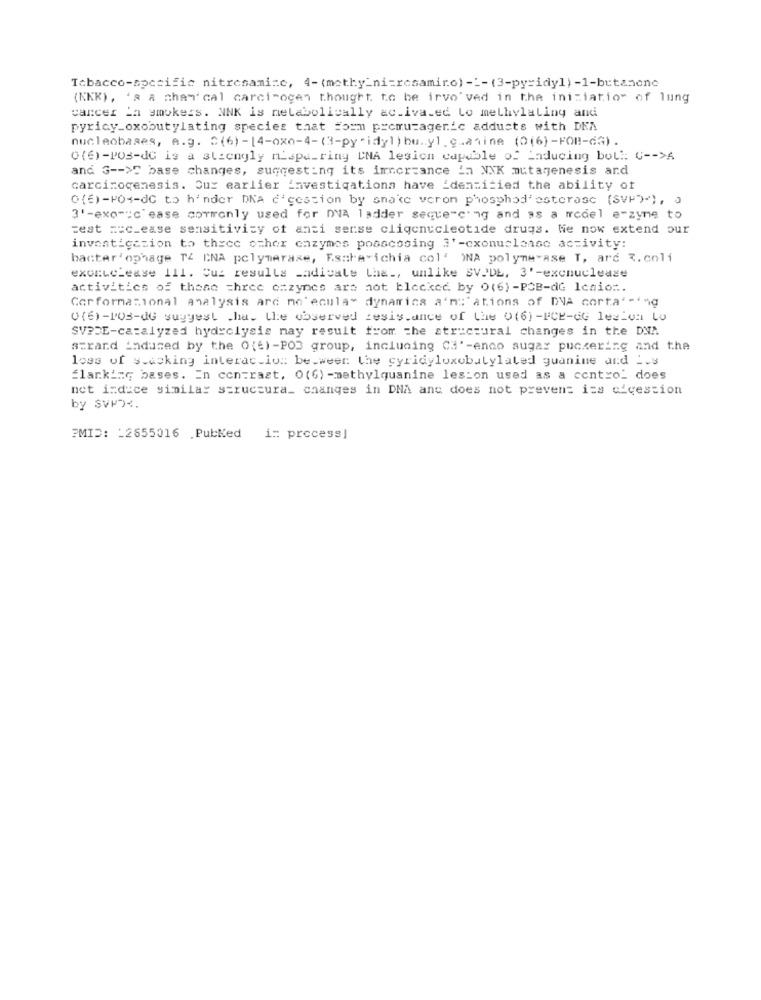
Tobacco-specific nitresami:c, 4-(methy_ni=resamiro) -_- (3-pyridy1) -1-butanono
(NEK), 's a chemical carcinogen thought. to be irvo ved in the initiation of lung
cancer La smokers. NNK is metabolically ac.iva.ed Lo methylaliny and
pyricy_oxobutylating species that form promutagenic adducts with DNA
nucleobases, A.g. C(6) -14-oxo-4-(3-py"idyl) bu .. yl.g.anine (0(6)-FOR-GG).
0(6)-PO3-dC is a strongly mispa_ring "NA lesion capable of Laducing bol :: C -- >A
and 3 -- >C base changes, suggesting its imncr=ance in NNK mutagenesis and
carcinogenesis. Cuz earlier investigations have 'denzitied the ability of
0(6)-Pos-dc to hinder DNA d'gestion by snake veron phosphodiesterase (SVP)), )
3'-exo"":c' ease commonly used for DVA ladder sequencing and as a model e-zyme to
=est == c_ease sensitivity of ansi sense cligenucleotide drugs. We now extend our
investigation to thece ocher enzymes posscssing 3' -cxonuclease activity:
bacter' ophage TZ DNA polymerase, Esare ichia col' WNA polymerase T, ard 3.coli
exonuclease Ill. Cuz results _adicale the ., unlike SVPDL, 3'-excnuclease
activities of those =hree ozzynes are not blocked by 0(6) -PCB-dG Icaio :.
Cor formational analysis arc mo'ecula- dynamica a'm:"ations of DVA corta' -44g
0(6)-Pos-dG sugest .ha. the observed zesis.ance of the 0(6)-PCE-GG les-o Lo
SV?DE-catalyzed hydrolysis may result from the structural changes in the DNA
strand indused by the 0(6) -PO3 group, including Ca' -enco augas puckering and the
loss of stacking interaction be-weer the cyridyloxobutylated guanine and __ s
flanking bases. In contrast, O(G) -methylquanine leston used as a contro_ does
net indice similar structura_ changes in DNA anc does not prevent iss cicession
by SVPDX.
PMID: _ 2655016 PubKed
in process!